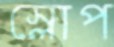
স্লোপ